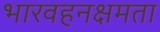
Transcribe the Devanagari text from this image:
भारवहनक्षमता